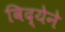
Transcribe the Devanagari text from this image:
विद्येने